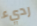
رديء